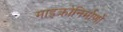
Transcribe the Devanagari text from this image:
माइक्रोनिर्माणों